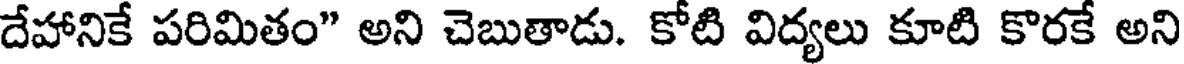
దేహానికే పరిమితం" అని చెబుతాడు. కోటి విద్యలు కూటి కొరకే అని